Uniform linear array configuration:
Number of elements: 64
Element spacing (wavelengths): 0.75
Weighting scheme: hamming
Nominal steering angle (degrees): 45
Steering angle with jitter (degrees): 43.882
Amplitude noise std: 0.05
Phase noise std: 0.05

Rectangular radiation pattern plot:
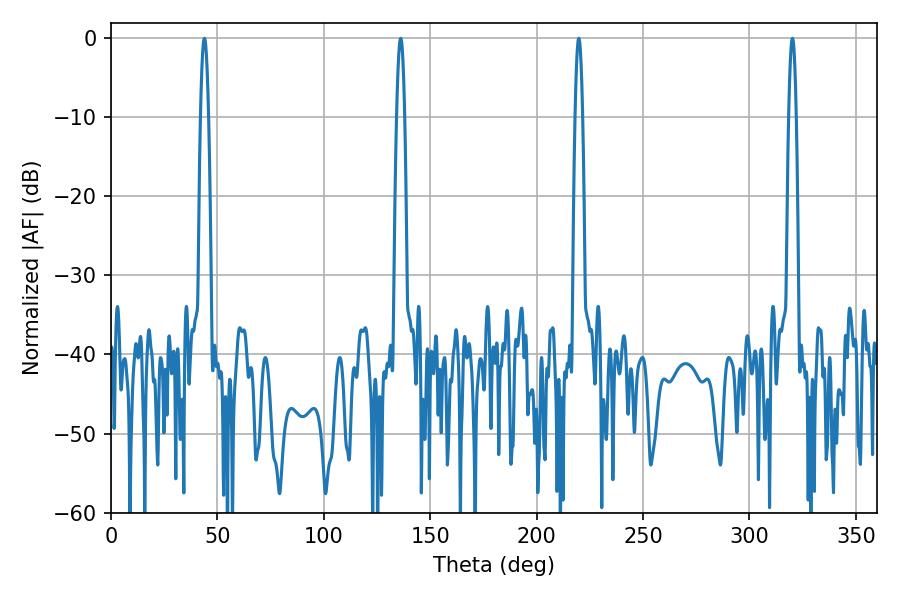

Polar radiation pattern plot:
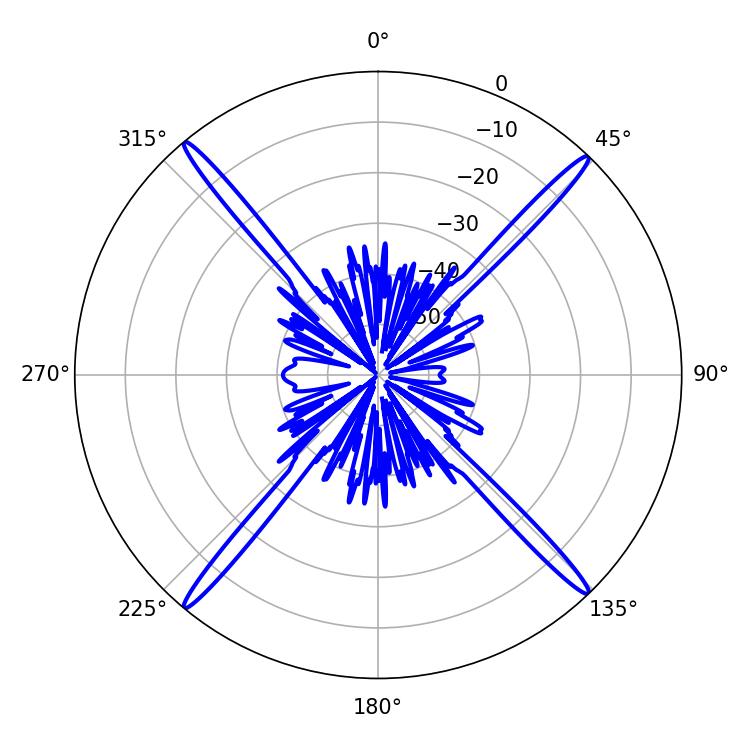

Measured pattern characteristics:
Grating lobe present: TRUE
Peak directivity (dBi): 24.304
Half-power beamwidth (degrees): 1.8
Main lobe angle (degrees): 219.78